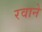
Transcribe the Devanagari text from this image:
रवाने